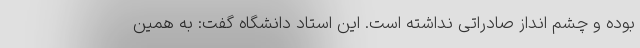
بوده و چشم انداز صادراتی نداشته است. این استاد دانشگاه گفت: به همین